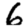
Digit: 6